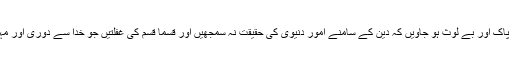
فرمایا: ’’ہمارا مطلب یہ ہے کہ بالکل ایسے پاک اور بے لوث ہو جاویں کہ دین کے سامنے امور دنیوی کی حقیقت نہ سمجھیں اور قسما قسم کی غفلتیں جو خدا سے دُوری اور مہجوری کا باعث ہوتی ہیں، وہ دور ہو جاویں۔